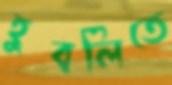
হুবলিতে